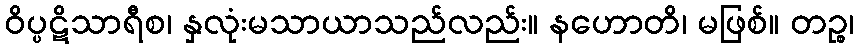
ဝိပ္ပဋိသာရီစ၊ နှလုံးမသာယာသည်လည်း။ နဟောတိ၊ မဖြစ်။ တဉ္စ၊